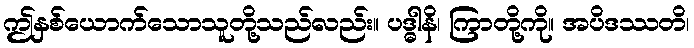
ဤနှစ်ယောက်သောသူတို့သည်လည်း။ ပဒ္ဓါနိ၊ ကြာတို့ကို။ အပိဒဿတိ၊